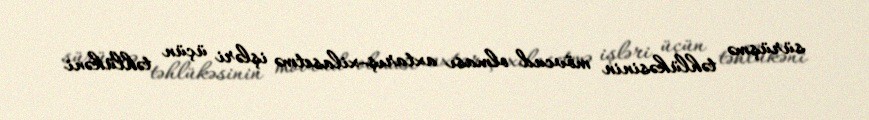
sürüşmə təhlükəsinin mövcud olması axtarış-xilasetmə işləri üçün təhlükəni